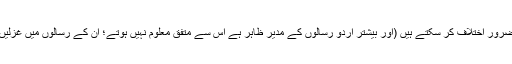
آپ چاہیں تو اس بات سے ضرور اختلاف کر سکتے ہیں (اور بیشتر اردو رسالوں کے مدیر ظاہر ہے اس سے متفق معلوم نہیں ہوتے؛ ان کے رسالوں میں غزلیں تواتر سے شائع ہوتی ہیں)۔